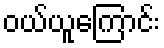
ဝယ်ယူကြောင်း